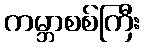
ကမ္ဘာစစ်ကြီး